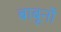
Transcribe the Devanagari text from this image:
बाबूनों